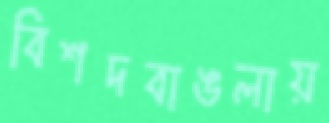
বিশদবাঙলায়